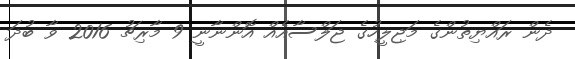
ދެން ރައްޔިތުންގެ މަޖިލީހުގެ ޖަލްސާއެއް އޮންނާނީ 9 މާރިޗު 2016 ވާ ބުދަ